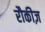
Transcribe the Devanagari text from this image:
रौकीज़